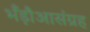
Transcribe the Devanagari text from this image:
भँड़ौआसंग्रह